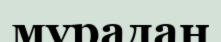
мұрадан